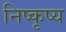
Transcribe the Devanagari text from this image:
निष्कृष्य